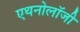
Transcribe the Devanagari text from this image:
एथनोलॉजी